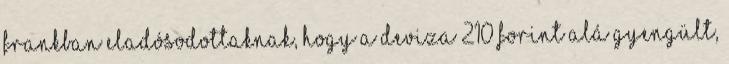
frankban eladósodottaknak, hogy a deviza 210 forint alá gyengült,